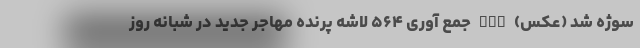
سوژه شد (عکس) nan جمع آوری ۵۶۴ لاشه پرنده مهاجر جدید در شبانه روز